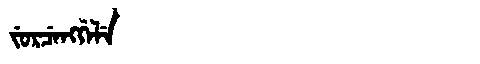
Manchu: ᠵᡠᡵᠴᡝᠩᡤᡝᠯᡝ
Romanization: JURCENGGELE